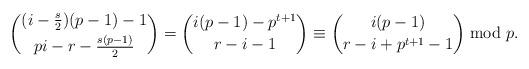
LaTeX: \begin{align*}\binom{(i-\tfrac{s}{2})(p-1)-1}{pi-r-\tfrac{s(p-1)}{2}}=\binom{i(p-1)-p^{t+1}}{r-i-1}\equiv\binom{i(p-1)}{r-i+p^{t+1}-1}\bmod{p}.\end{align*}